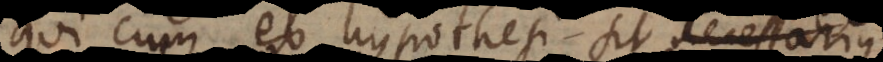
qui cum ex hypothesi sit necessarius